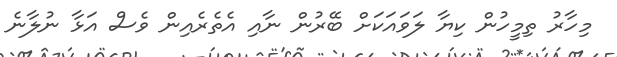
މިހާރު ތިމީހުން ކިޔާ ލަވައަކަށް ބޭރުން ނާއި އެތެރެއިން ވެސް އަޅާ ނުލާނެ